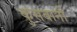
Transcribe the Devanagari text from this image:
कुसबानी